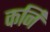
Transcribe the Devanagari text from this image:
कर्नि